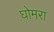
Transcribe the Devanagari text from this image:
घोमरा